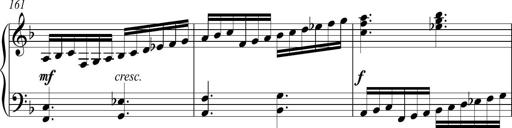
Title: Piano Sonatina in A major
Composer: Z Q Sysmoebius
Key: A major